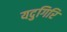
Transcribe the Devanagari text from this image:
यदुगिरि